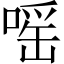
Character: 嗂